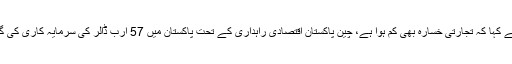
انہوں نے کہا کہ تجارتی خسارہ بھی کم ہوا ہے، چین پاکستان اقتصادی راہداری کے تحت پاکستان میں 57 ارب ڈالر کی سرمایہ کاری کی گئی ہے۔